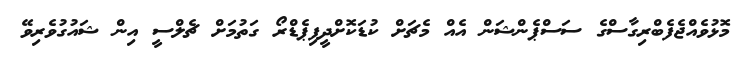
މޮޅުވެއްޖެފެބްރިގާސްގެ ސަސްޕެންޝަން އެއް މެޗަށް ކުޑަކޮށްދީފިޕެޑްރޯ ގަތުމަށް ޗެލްސީ އިން ޝައުގުވެރިވޭ